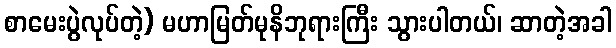
စာမေးပွဲလုပ်တဲ့) မဟာမြတ်မုနိဘုရားကြီး သွားပါတယ်၊ ဆာတဲ့အခါ